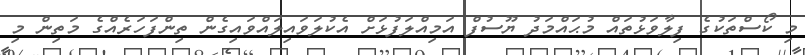
މި ކޯސްތަކުގެ ފިލާވަޅުތައް މުޙައްމަދު ޔޫސުފް އަމިއްލަފުޅަށް އެކުލަވައިލައްވައިގެން ތިންފަހަރެއްގެ މަތިން މި